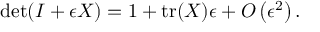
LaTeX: \operatorname* { d e t } ( I + \epsilon X ) = 1 + \operatorname { t r } ( X ) \epsilon + O \left( \epsilon ^ { 2 } \right) .